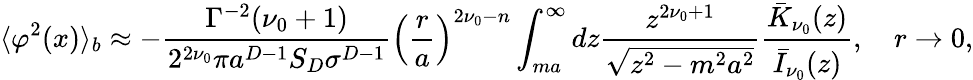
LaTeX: \langle\varphi^{2}(x)\rangle_{b}\approx-\frac{\Gamma^{-2}(\nu_{0}+1)}{2^{2\nu_{0}}\pi a^{D-1}S_{D}\sigma^{D-1}}\left(\frac{r}{a}\right)^{2\nu_{0}-n}\int_{ma}^{\infty}dz\frac{z^{2\nu_{0}+1}}{\sqrt{z^{2}-m^{2}a^{2}}}\frac{\bar{K}_{\nu_{0}}(z)}{\bar{I}_{\nu_{0}}(z)},\quad r\to 0,